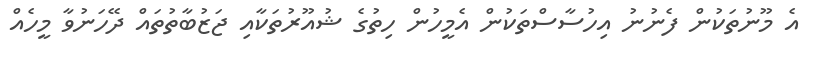
އެ މޫނުތަކުން ފެނުނު އިހުސާސްތަކުން އެމީހުން ހިތުގެ ޝުއޫރުތަކާއި ޖަޒުބާތުތައް ދޭހަނުވާ މީހެއް